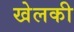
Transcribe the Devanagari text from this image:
खेलकी